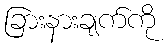
ခြားနားချက်ကို